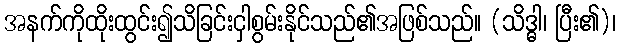
အနက်ကိုထိုးထွင်း၍သိခြင်းငှါစွမ်းနိုင်သည်၏အဖြစ်သည်။ (သိဒ္ဓါ၊ ပြီး၏)၊